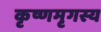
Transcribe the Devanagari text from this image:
कृष्णमृगस्य